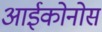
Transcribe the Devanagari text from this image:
आईकोनोस